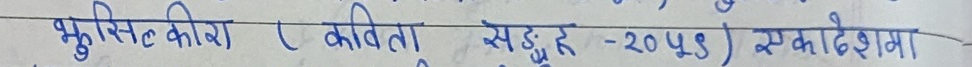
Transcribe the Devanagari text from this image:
भुइँस्टिकको र कविता संग्रह - २०५३ ) एकादेशमा